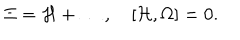
LaTeX: \Xi = { \cal H } + \ldots , \quad [ { \cal H } , \Omega ] = 0 .